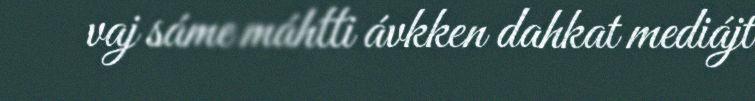
vaj sáme máhtti ávkken dahkat mediájt